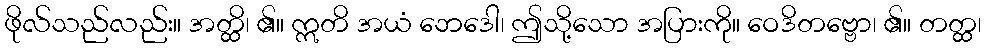
ဖိုလ်သည်လည်း။ အတ္ထိ၊ ၏။ ဣတိ အယံ ဘေဒေါ၊ ဤသို့သော အပြားကို။ ဝေဒိတဗ္ဗော၊ ၏။ တတ္ထ၊